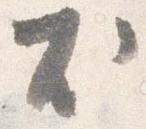
尤